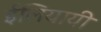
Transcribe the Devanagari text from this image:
ईलियायी